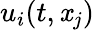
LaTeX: u_{i}(t,\mathit{x}_{j})